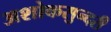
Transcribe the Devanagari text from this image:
अशोकसुन्दरी